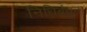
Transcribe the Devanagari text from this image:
निधिबंधन